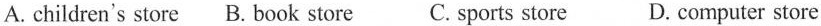
A.children's store B.Book store C.Sports store D.Computer store